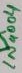
Text: 1N4004